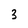
Character: 3